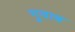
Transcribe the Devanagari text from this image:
गुवाब